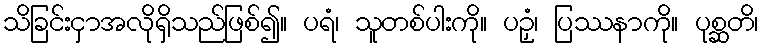
သိခြင်းငှာအလိုရှိသည်ဖြစ်၍။ ပရံ၊ သူတစ်ပါးကို။ ပဉှံ၊ ပြဿနာကို။ ပုစ္ဆတိ၊